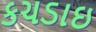
કચડાઇ